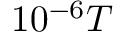
1 0 ^ { - 6 } T